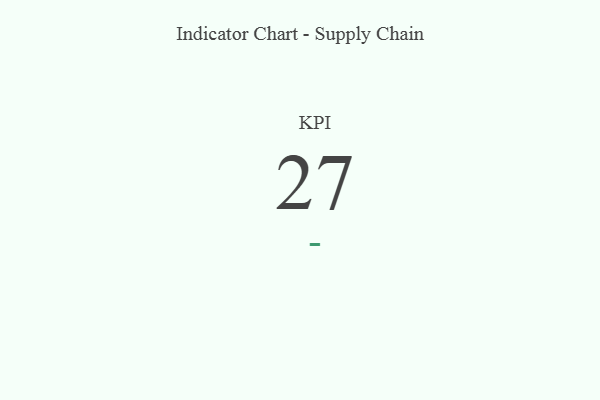
{"axis": {"x": "KPI", "y": "Value"}, "legend": [""], "data": [{"x": "KPI", "y": 27, "type": ""}]}